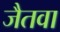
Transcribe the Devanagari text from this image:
जैतवा